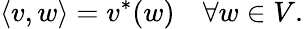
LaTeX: \langle v,w\rangle=v^{*}(w)\quad\forall w\in V.